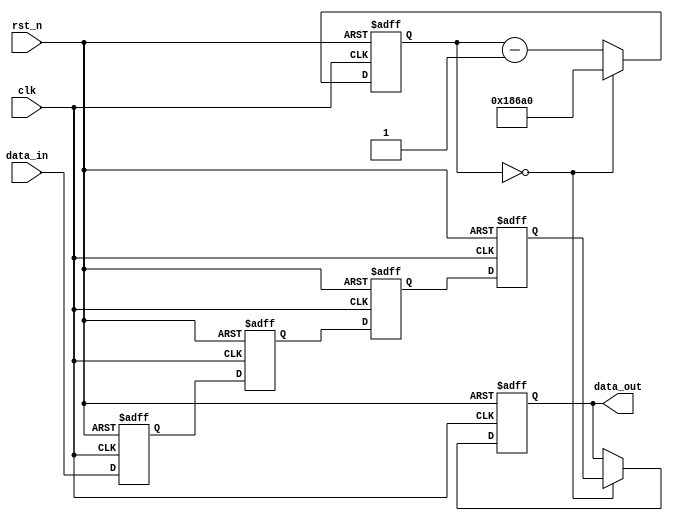
// --------------------------------------------------------------------
// Copyright (c) 2010 by Terasic Technologies Inc. 
// --------------------------------------------------------------------
//
// Permission:
//
//   Terasic grants permission to use and modify this code for use
//   in synthesis for all Terasic Development Boards and Altera Development 
//   Kits made by Terasic.  Other use of this code, including the selling 
//   ,duplication, or modification of any portion is strictly prohibited.
//
// Disclaimer:
//
//   This VHDL/Verilog or C/C++ source code is intended as a design reference
//   which illustrates how these types of functions can be implemented.
//   It is the user's responsibility to verify their design for
//   consistency and functionality through the use of formal
//   verification methods.  Terasic provides no warranty regarding the use 
//   or functionality of this code.
//
// --------------------------------------------------------------------
//           
//                     Terasic Technologies Inc
//                     356 Fu-Shin E. Rd Sec. 1. JhuBei City,
//                     HsinChu County, Taiwan
//                     302
//
//                     web: http://www.terasic.com/
//
// --------------------------------------------------------------------
//
// Major Functions:	Button Debounce
//
// --------------------------------------------------------------------
//
// Revision History :
// --------------------------------------------------------------------
//   Ver  :| Author            :| Mod. Date :| Changes Made:

// --------------------------------------------------------------------

module button_debouncer	(
							clk,
							rst_n,
							data_in,
							data_out			
						);
					
input						clk;
input						rst_n;
input						data_in;
output						data_out;
									

//=======================================================
//  REG/WIRE declarations
//=======================================================
parameter	preset_val 	= 0;
parameter 	counter_max = 100000; 


reg						data_out;									
reg						data_in_0;	
reg						data_in_1;
reg						data_in_2;
reg						data_in_3;
reg			[20:0]		counter;
	
//=======================================================
//  Structural coding
//=======================================================

always	@(posedge clk or negedge rst_n)
begin
	if	(!rst_n)
	begin
		data_out		<=	preset_val;
		counter			<=	counter_max;
		data_in_0		<=	0;
		data_in_1		<=	0;
		data_in_2		<=	0;
		data_in_3		<=	0;			
	end else begin
		if	(counter == 0) 
		begin
			data_out	<=	data_in_3;
			counter		<=	counter_max;
		end else begin
			counter		<=	counter - 1;
		end
		data_in_0	<=	data_in;	
		data_in_1	<=	data_in_0;
		data_in_2	<=	data_in_1;
		data_in_3	<=	data_in_2;
	end
end
			
				

endmodule